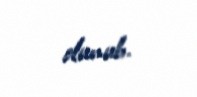
olunub.